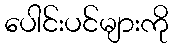
ပေါင်းပင်များကို